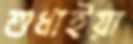
শুধাইয়া